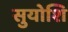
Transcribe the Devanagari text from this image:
सुयोशि